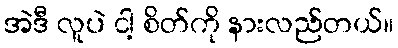
အဲဒီ လူပဲ ငါ့ စိတ်ကို နားလည်တယ်။